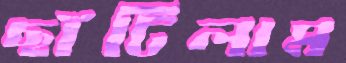
ছাঁটিলাম